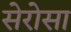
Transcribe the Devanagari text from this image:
सेरोसा